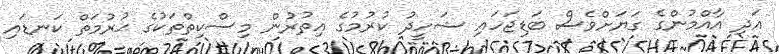
އަދި އާއްމުންގެ ގަޔަށްވެސް ބަޑިޖަހައި ޝަހީދު ކުރުމުގެ އިތުރުން މިސްކިތްތަކުގެ ޙުރުމަތް ކަނޑައި